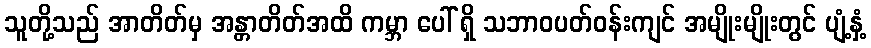
သူတို့သည် အာတိတ်မှ အန္တာတိတ်အထိ ကမ္ဘာ ပေါ် ရှိ သဘာဝပတ်ဝန်းကျင် အမျိုးမျိုးတွင် ပျံ့နှံ့